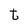
Character: t